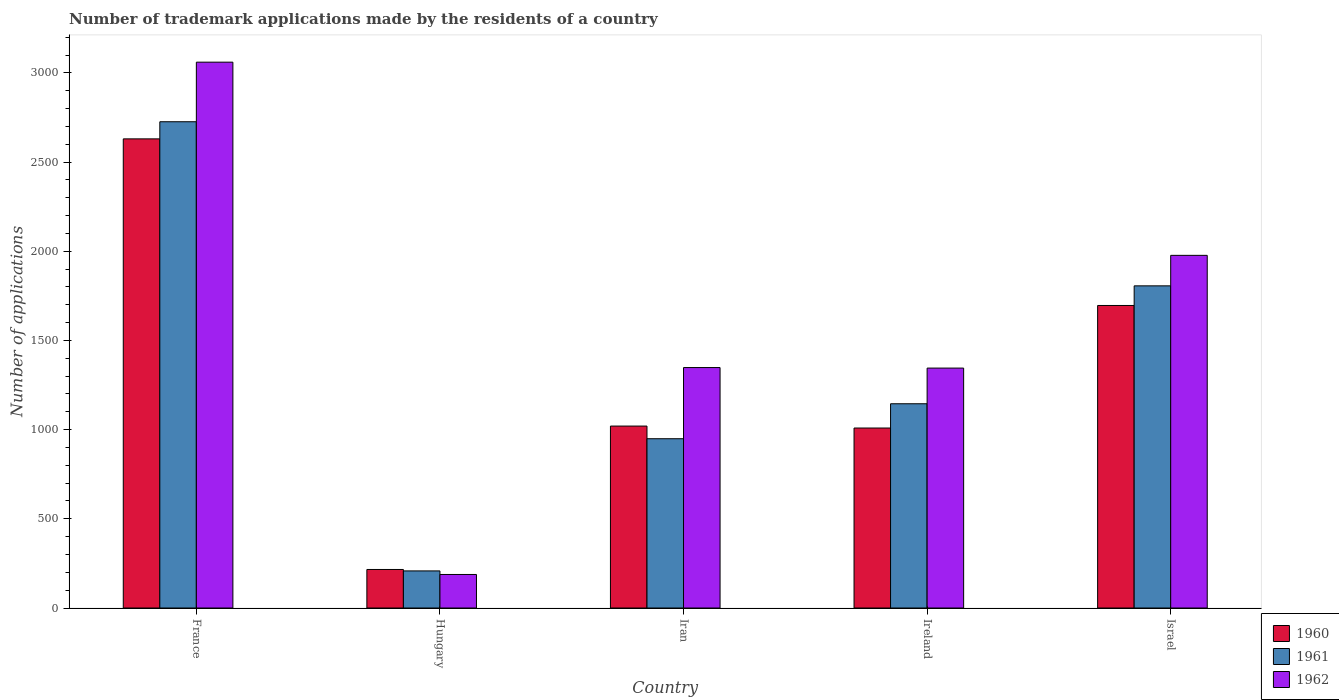
| Country | 1960 | 1961 | 1962 |
 | --- | --- | --- | --- |
 | France | 2.63e+03 | 2.73e+03 | 3.06e+03 |
 | Hungary | 216 | 208 | 188 |
 | Iran | 1.02e+03 | 949 | 1.35e+03 |
 | Ireland | 1.01e+03 | 1.14e+03 | 1.34e+03 |
 | Israel | 1.7e+03 | 1.81e+03 | 1.98e+03 |